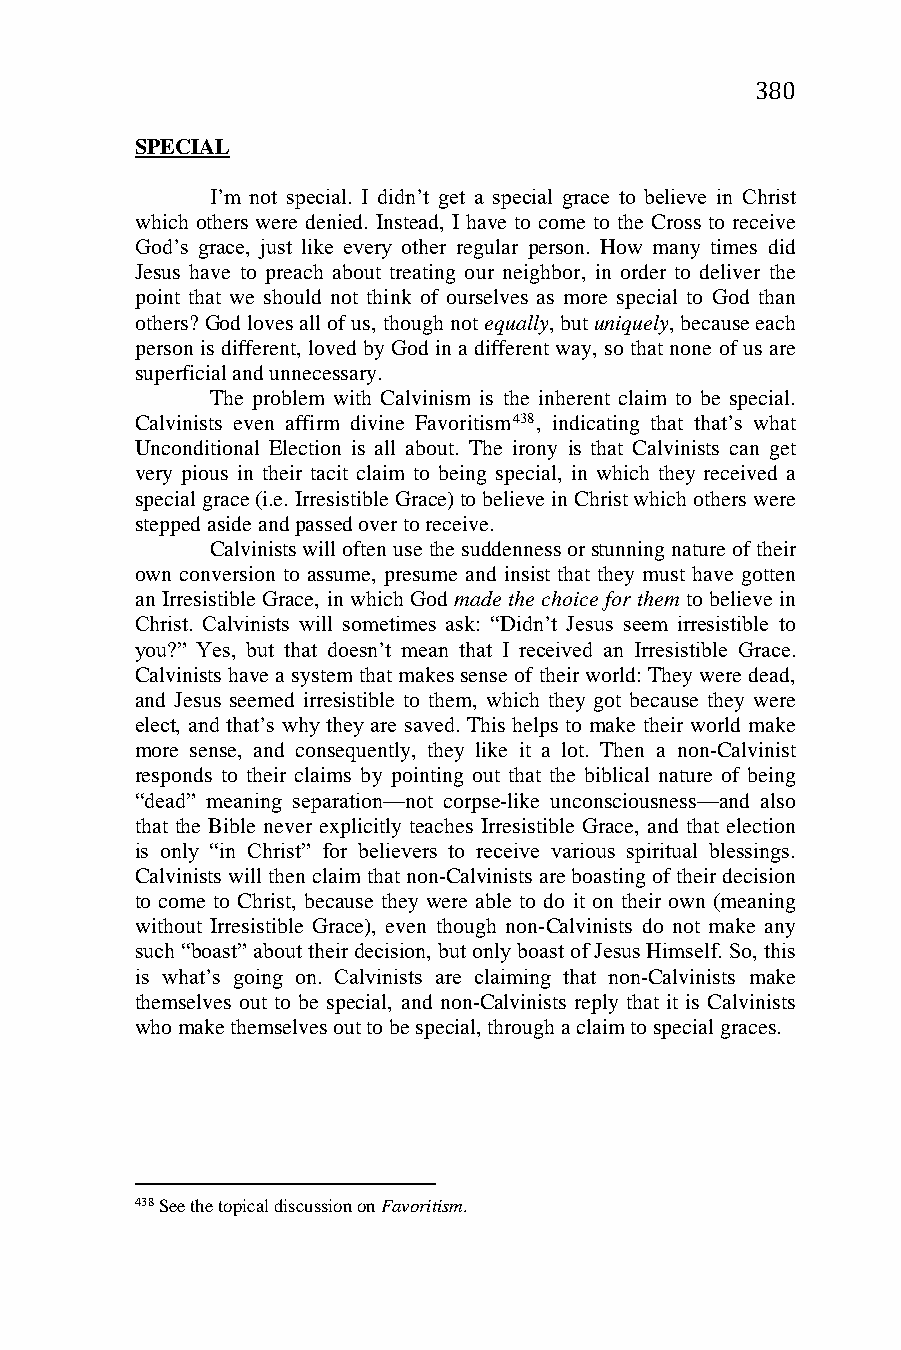
380
 SPECIAL
 I’m not special. I didn’t get a special grace to believe in Christ
 which others were denied. Instead, I have to come to the Cross to receive
 God’s grace, just like every other regular person. How many times did
 Jesus have to preach about treating our neighbor, in order to deliver the
 point that we should not think of ourselves as more special to God than
 others? God loves all of us, though not equally, but uniquely, because each
 person is different, loved by God in a different way, so that none of us are
 superficial and unnecessary.
 The problem with Calvinism is the inherent claim to be special.
 Calvinists even affirm divine Favoritism438, indicating that that’s what
 Unconditional Election is all about. The irony is that Calvinists can get
 very pious in their tacit claim to being special, in which they received a
 special grace (i.e. Irresistible Grace) to believe in Christ which others were
 stepped aside and passed over to receive.
 Calvinists will often use the suddenness or stunning nature of their
 own conversion to assume, presume and insist that they must have gotten
 an Irresistible Grace, in which God made the choice for them to believe in
 Christ. Calvinists will sometimes ask: “Didn’t Jesus seem irresistible to
 you?” Yes, but that doesn’t mean that I received an Irresistible Grace.
 Calvinists have a system that makes sense of their world: They were dead,
 and Jesus seemed irresistible to them, which they got because they were
 elect, and that’s why they are saved. This helps to make their world make
 more sense, and consequently, they like it a lot. Then a non-Calvinist
 responds to their claims by pointing out that the biblical nature of being
 “dead” meaning separation—not corpse-like unconsciousness—and also
 that the Bible never explicitly teaches Irresistible Grace, and that election
 is only “in Christ” for believers to receive various spiritual blessings.
 Calvinists will then claim that non-Calvinists are boasting of their decision
 to come to Christ, because they were able to do it on their own (meaning
 without Irresistible Grace), even though non-Calvinists do not make any
 such “boast” about their decision, but only boast of Jesus Himself. So, this
 is what’s going on. Calvinists are claiming that non-Calvinists make
 themselves out to be special, and non-Calvinists reply that it is Calvinists
 who make themselves out to be special, through a claim to special graces.
 438 See the topical discussion on Favoritism.